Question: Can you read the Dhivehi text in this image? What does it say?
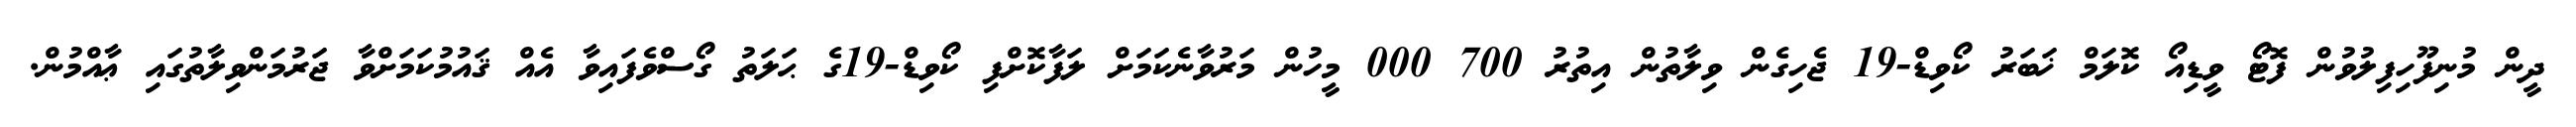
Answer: ދީން މުނިފޫހިފިލުވުން ފޮޓޯ ވީޑިއޯ ކޮލަމް ޚަބަރު ކޯވިޑް-19 ޖެހިގެން ވިލާތުން އިތުރު 700 000 މީހުން މަރުވާނެކަމަށް ލަފާކޮށްފި ކޯވިޑް-19ގެ ޙަލަތު ގޯސްވެފައިވާ އެއް ޤައުމުކަމަށްވާ ޖަރުމަންވިލާތުގައި ޢާއްމުން.